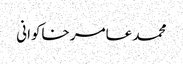
محمد عامر خاکوانی